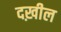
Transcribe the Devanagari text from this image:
दख़ील